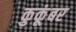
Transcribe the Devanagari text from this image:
कुकूंबर